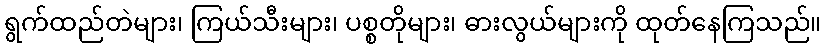
ရွက်ထည်တဲများ၊ ကြယ်သီးများ၊ ပစ္စတိုများ၊ ဓားလွယ်များကို ထုတ်နေကြသည်။